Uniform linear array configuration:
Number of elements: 16
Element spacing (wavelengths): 0.75
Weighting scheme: blackman
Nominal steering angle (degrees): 15
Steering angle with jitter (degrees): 13.321
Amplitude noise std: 0.05
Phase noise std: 0.05

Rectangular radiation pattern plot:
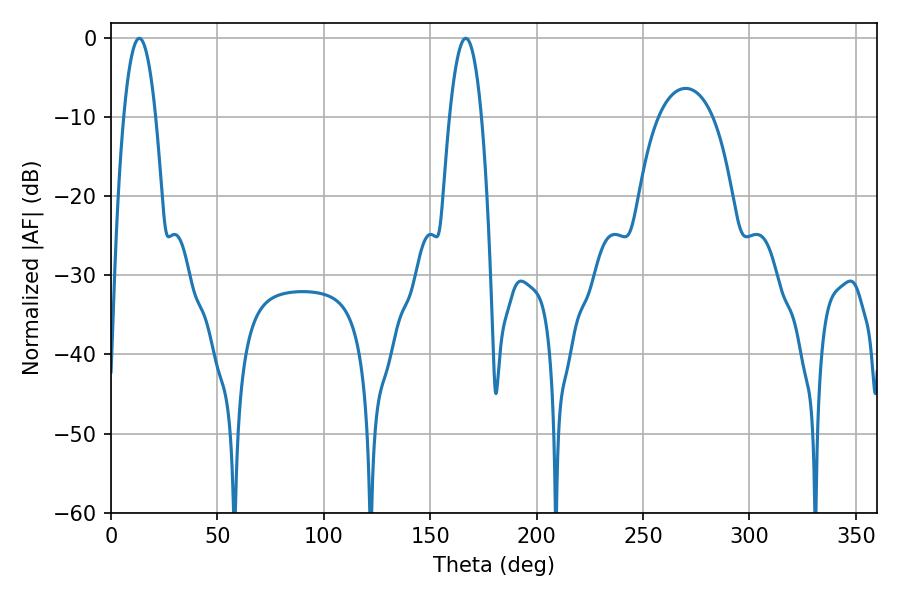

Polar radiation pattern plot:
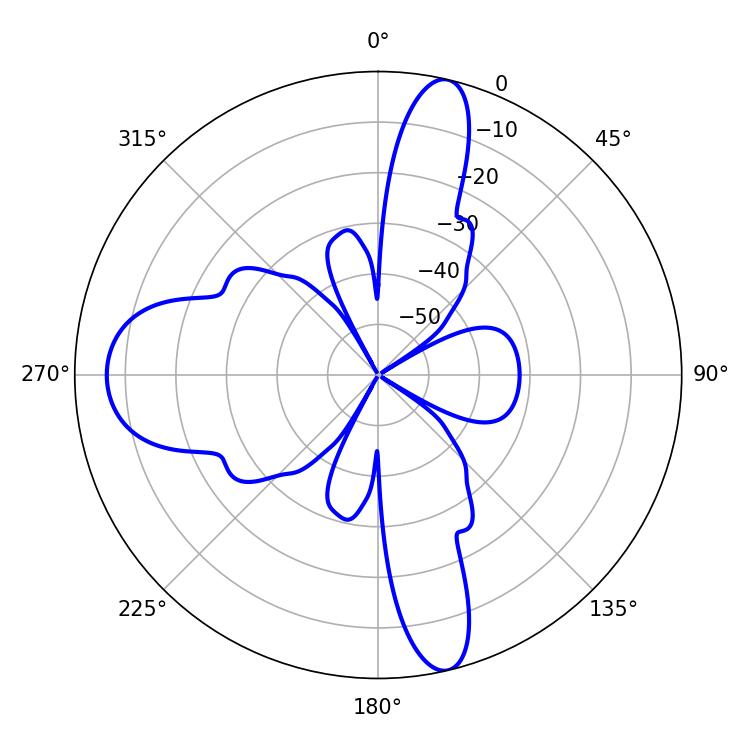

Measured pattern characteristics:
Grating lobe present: TRUE
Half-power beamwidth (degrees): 8.28
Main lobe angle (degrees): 13.32